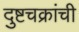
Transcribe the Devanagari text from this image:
दुष्टचक्रांची